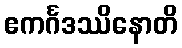
ဧကင်္ဂဒဿိနောတိ